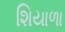
શિયાળા